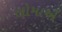
લોમાએ